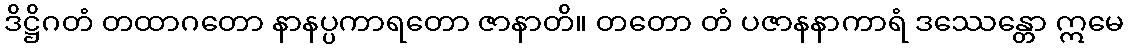
ဒိဋ္ဌိဂတံ တထာဂတော နာနပ္ပကာရတော ဇာနာတိ။ တတော တံ ပဇာနနာကာရံ ဒဿေန္တော ဣမေ